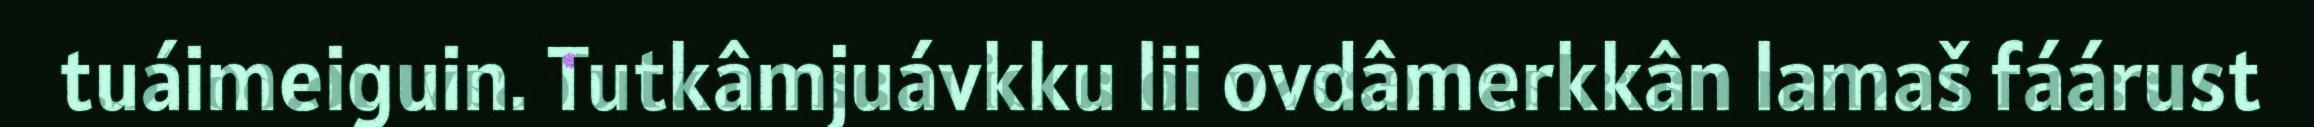
tuáimeiguin. Tutkâmjuávkku lii ovdâmerkkân lamaš fáárust